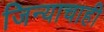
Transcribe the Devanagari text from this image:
जिन्याचाही